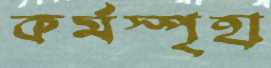
কর্মস্পৃহা